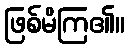
ဖြစ်မိကြ၏။